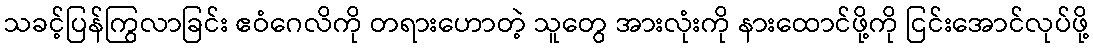
သခင့်ပြန်ကြွလာခြင်း ဧဝံဂေလိကို တရားဟောတဲ့ သူတွေ အားလုံးကို နားထောင်ဖို့ကို ငြင်းအောင်လုပ်ဖို့